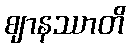
ဈာနဿာတိ